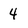
Character: 4